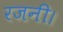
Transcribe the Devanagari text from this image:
रजनी।